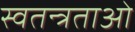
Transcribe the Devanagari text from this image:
स्वतन्त्रताओ